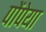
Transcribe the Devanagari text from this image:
पोंपेया